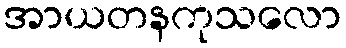
အာယတနကုသလော